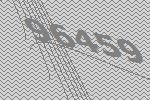
96459